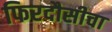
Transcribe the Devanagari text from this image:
फिरदौसीचा